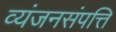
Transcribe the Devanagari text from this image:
व्यंजनसंपत्ति